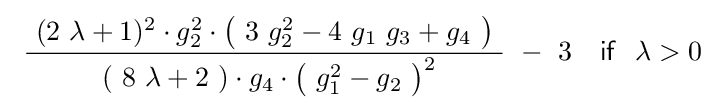
~{\frac {\ (2\ \lambda +1)^{2}\cdot g_{2}^{2}\cdot {\big (}\ 3\ g_{2}^{2}-4\ g_{1}\ g_{3}+g_{4}\ {\big )}\ }{\ (\ 8\ \lambda +2\ )\cdot g_{4}\cdot {\big (}\ g_{1}^{2}-g_{2}\ {\big )}^{2}}}\ -\ 3\quad {\mathsf {if}}~~\lambda >0\